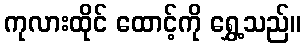
ကုလားထိုင် ထောင့်ကို ရွှေ့သည်။